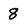
Character: 8